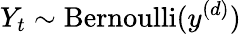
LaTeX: Y_{t}\sim\mathrm{Bernoulli}(y^{(d)})